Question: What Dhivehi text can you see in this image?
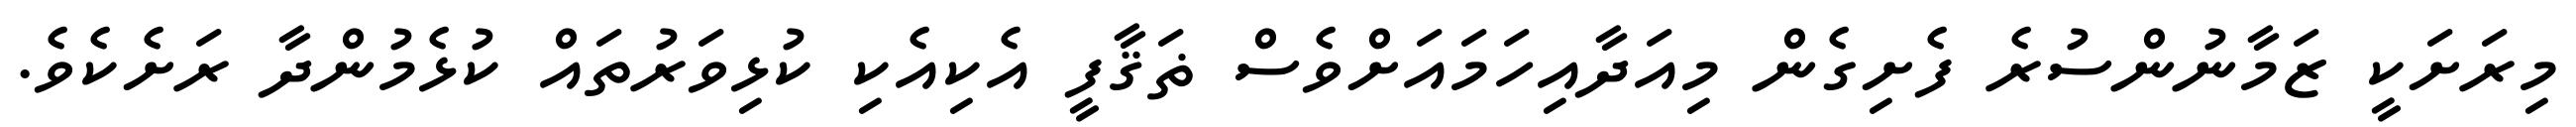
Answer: މިރަށަކީ ޒަމާނުންސުރެ ފެށިގެން މިއަދާއިހަމައަށްވެސް ޡަޤާފީ އެކިއެކި ކުޅިވަރުތައް ކުޅެމުންދާ ރަށެކެވެ.